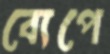
ব্যেপে